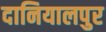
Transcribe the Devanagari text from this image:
दानियालपुर